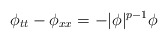
\begin{align*}\phi_{tt}-\phi_{xx}=-|\phi|^{p-1}\phi\end{align*}